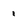
Character: 1